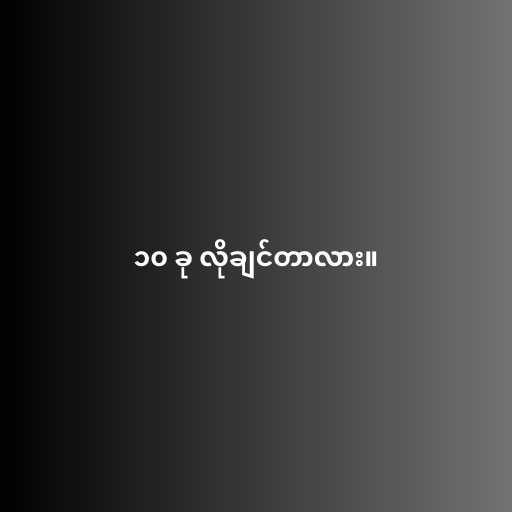
၁၀ ခု လိုချင်တာလား။